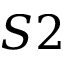
S 2